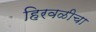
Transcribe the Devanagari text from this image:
हिरवळीचा